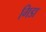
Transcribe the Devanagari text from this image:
गिडा